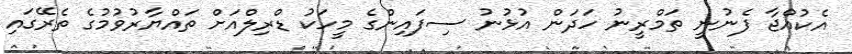
އެކުއްޖާ ފެނުނީ ތަމްރީނު ހަދަން އުޅުނު ސިފައިންގެ މީހަކު ޑްރިލްއަށް ތައްޔާރުވުމުގެ ތެރޭގައި